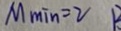
M _ { \min } = 2